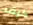
كيف